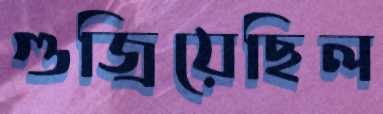
গুজ্‌রিয়েছিল